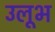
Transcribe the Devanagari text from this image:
उलूभ